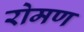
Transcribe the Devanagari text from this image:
रोमण